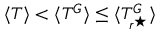
\langle T \rangle < \langle T ^ { G } \rangle \leq \langle T _ { r ^ { \star } } ^ { G } \rangle